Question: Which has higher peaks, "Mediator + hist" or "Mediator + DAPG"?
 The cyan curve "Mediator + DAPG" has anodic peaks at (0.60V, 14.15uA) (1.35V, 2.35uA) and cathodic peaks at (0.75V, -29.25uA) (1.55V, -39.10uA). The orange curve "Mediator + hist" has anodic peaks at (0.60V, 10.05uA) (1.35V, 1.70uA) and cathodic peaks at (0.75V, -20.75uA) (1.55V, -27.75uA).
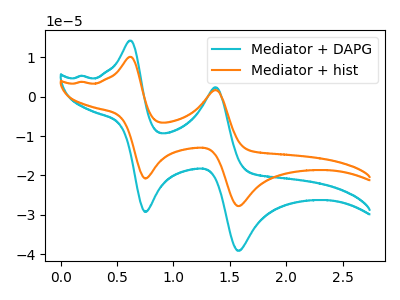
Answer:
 <answer>Every peak in "Mediator + hist" is lower than every peak in "Mediator + DAPG".</answer>
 <eval>lower</eval>